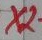
Text: X2-2